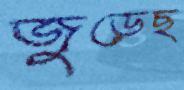
জুড়েছ